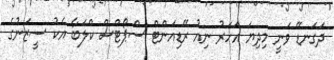
ދަގަނޑޭ ވަނީ މިދިޔަ އަހަރު ނިއު ރޭޑިއަންޓް ސްޕޯޓްސް ކްލަބާ އެކު ސީޒަނުގެ